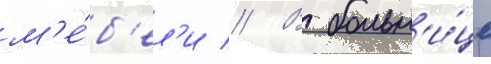
м'е́б'ел'и // В больн'и́це